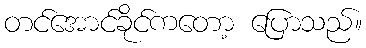
တင်အောင်ခိုင်ကတော့ ပြောသည်။